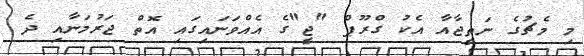
މި މެޗުގެ ނަތީޖާއާ އެކު ގްރޫޕް "ޖީ"ގެ އެއްވަނައިގައި އޮތް ޖަރުމަނާއި ދެ